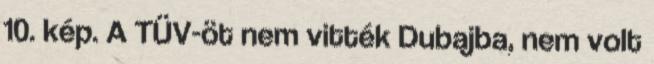
10. kép. A TÜV-öt nem vitték Dubajba, nem volt